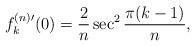
LaTeX: \begin{align*}f_k^{(n)\prime}(0)=\frac{2}{n}\sec^2\frac{\pi (k-1)}{n},\end{align*}